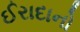
ઈરાદાનો